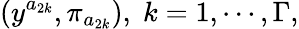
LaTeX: \left(y^{a_{2k}},\pi_{a_{2k}}\right),\; k=1,\cdots,\Gamma,